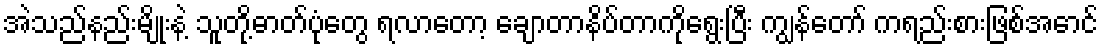
အဲသည်နည်းမျိုးနဲ့ သူတို့ဓာတ်ပုံတွေ ရလာတော့ ချောတာနိပ်တာကိုရွေးပြီး ကျွန်တော် ကရည်းစားဖြစ်အောင်